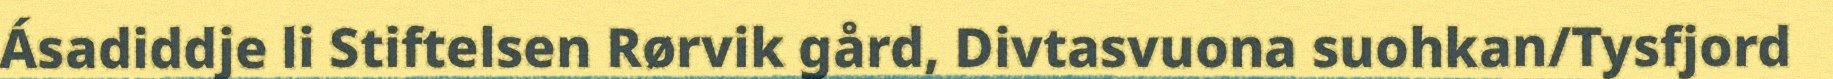
Ásadiddje li Stiftelsen Rørvik gård, Divtasvuona suohkan/Tysfjord